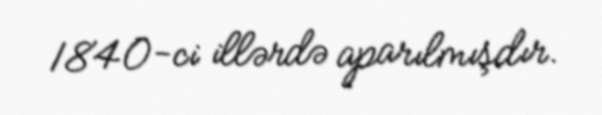
1840-ci illərdə aparılmışdır.